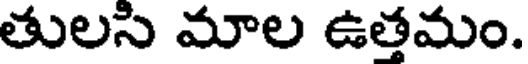
తులసి మాల ఉత్తమం.